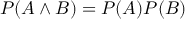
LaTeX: P ( A \land B ) = P ( A ) P ( B )